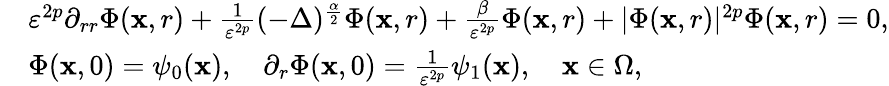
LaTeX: \begin{array}{rl}&{\varepsilon^{2p}\partial_{rr}\Phi(\textbf{x},r)+\frac{1}{\varepsilon^{2p}}(-\Delta)^{\frac{\alpha}{2}}\Phi(\textbf{x},r)+\frac{\beta}{\varepsilon^{2p}}\Phi(\textbf{x},r)+|\Phi(\textbf{x},r)|^{2p}\Phi(\textbf{x},r)=0,}\\ &{\Phi(\textbf{x},0)=\psi_{0}(\textbf{x}),\quad\partial_{r}\Phi(\textbf{x},0)=\frac{1}{\varepsilon^{2p}}\psi_{1}(\textbf{x}),\quad\textbf{x}\in\Omega,}\end{array}